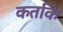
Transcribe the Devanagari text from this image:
कतकि